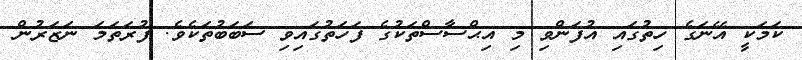
ކަމަކީ އޭނަގެ ހިތުގައި އުފަންވި މި އިޙްސާސްތަކުގެ ފަހަތުގައިވި ސަބަބުތަކެވެ. ފުރަތަމަ ނަޒަރުން